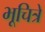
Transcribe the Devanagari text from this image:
भूचित्रे